Leaving Certificate Examination, 1913
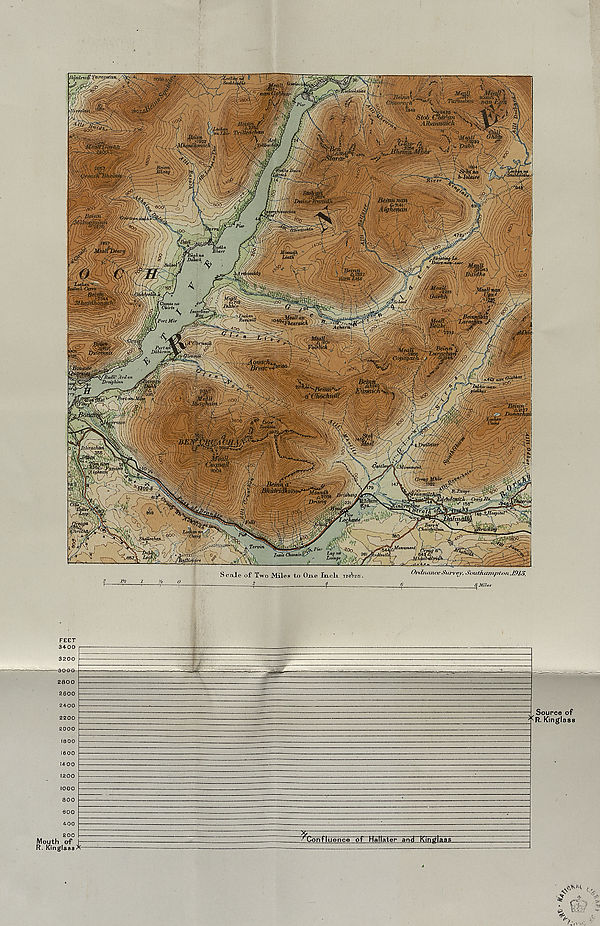
Jlqstlrwtf ' (' nrn^n&it
, V ,4 Oy /y-—' ,
■ sote&tijUf-j
•ob ffiiYwi
'ilbanrictich
mffl:
umM Cwch
w\\\ ML
Beinn nan
'hMWwfc Afgn&nan
Meall
vMm
Cxiirte fnverltcer'
’' Port Mor
• .“ai§6<
Vnirlich
W Port a?r
<jj\ Dlbhmfo
' Rudh' Ard tin
Droighinn
j-ffTiibhas^
y <£Vfioch<tffl
i mry
Bhiiiru
lehdQPXCJir--Crdtji-Hd^—
r^a^sV IBS' * ~
\
Lo&antvy/]
Z/Ougfy
Tervin
, Monument I
T ^ ?°o -
Lo^ na % ^
Ordnance Survey, Southampton. J913.
^ /Vi7f.r
Scale of* Two Miles to One XuloIl ijroVirtr.
2
d
FEET
tv: